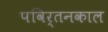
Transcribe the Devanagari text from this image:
पविर्तनकाल